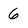
Character: 6